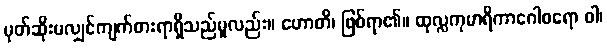
မုတ်ဆိုးမလျှင်ကျက်စားရာရှိသည်မူလည်း။ ဟောတိ၊ ဖြစ်ရာ၏။ ထုလ္လကုမာရိကာဂေါစရော ဝါ၊